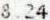
8.24